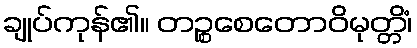
ချုပ်ကုန်၏။ တဉ္စစေတောဝိမုတ္တိံ၊